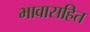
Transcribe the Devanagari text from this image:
भावासहित